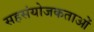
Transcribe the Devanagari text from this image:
सहसंयोजकताओं